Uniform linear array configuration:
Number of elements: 16
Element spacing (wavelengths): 1
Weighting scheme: hamming
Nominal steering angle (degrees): -60
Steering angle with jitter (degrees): -58.47
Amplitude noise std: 0.05
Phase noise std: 0.05

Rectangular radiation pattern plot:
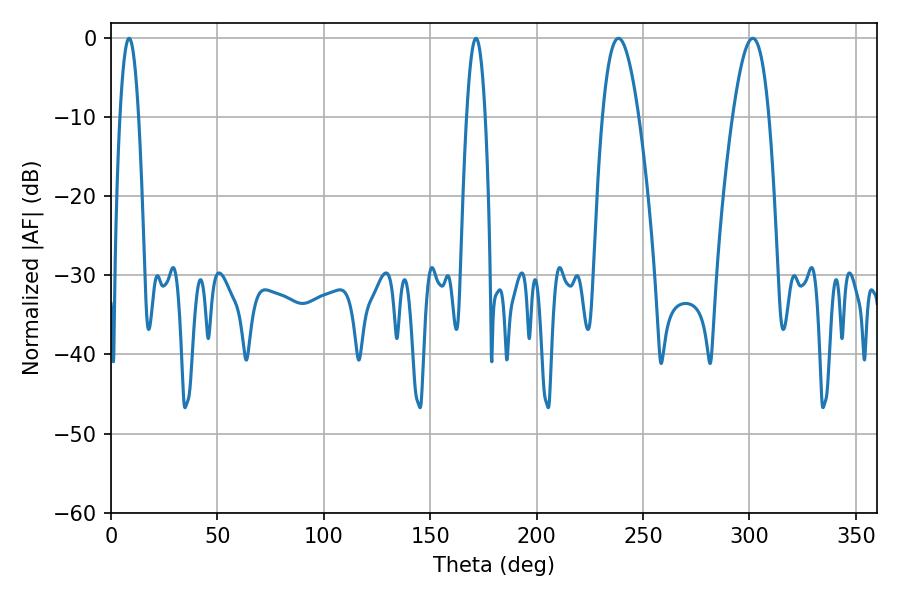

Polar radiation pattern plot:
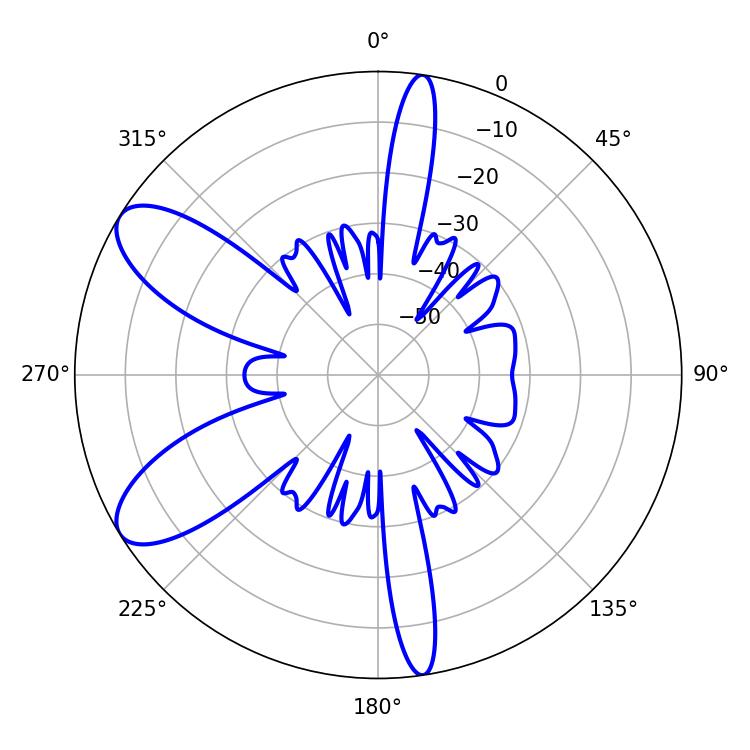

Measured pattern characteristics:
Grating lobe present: TRUE
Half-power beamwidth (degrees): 9.18
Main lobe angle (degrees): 301.5